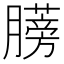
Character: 𫆼